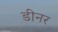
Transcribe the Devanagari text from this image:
डीनर